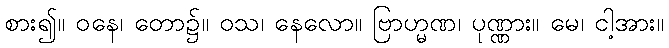
စား၍။ ဝနေ၊ တော၌။ ဝသ၊ နေလော။ ဗြာဟ္မဏ၊ ပုဏ္ဏား။ မေ၊ ငါ့အား။